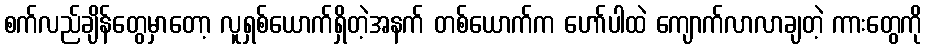
စက်လည်ချိန်တွေမှာတော့ လူရှစ်ယောက်ရှိတဲ့အနက် တစ်ယောက်က ဟော်ပါထဲ ကျောက်လာလာချတဲ့ ကားတွေကို